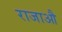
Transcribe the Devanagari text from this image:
राजाऔ